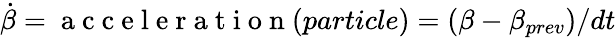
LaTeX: \dot{\mathbf{\beta}}=\mathrm{~a~c~c~e~l~e~r~a~t~i~o~n~}(particle)=(\beta-\beta_{prev})/dt